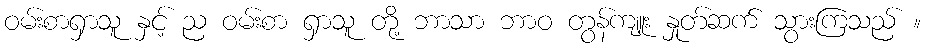
ဝမ်းစာရှာသူ နှင့် ည ဝမ်းစာ ရှာသူ တို့ ဘာသာ ဘာဝ တွန်ကျူး နှုတ်ဆက် သွားကြသည် ။